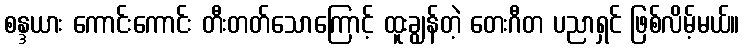
စန္ဒယား ကောင်းကောင်း တီးတတ်သောကြောင့် ထူးချွန်တဲ့ တေးဂီတ ပညာရှင် ဖြစ်လိမ့်မယ်။